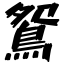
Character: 鴛